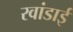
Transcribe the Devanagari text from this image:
रवांडाई